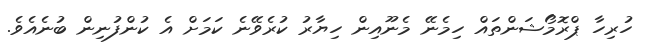
ހުރިހާ ޕްރޮމޯޝަންތައް ހިމެނޭ މެނޫއިން ހިޔާރު ކުރެވޭނެ ކަމަށް އެ ކުންފުނިން ބުނެއެވެ.